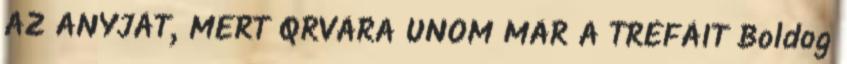
AZ ANYJÁT, MERT QRVÁRA UNOM MÁR A TRÉFÁIT Boldog